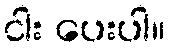
ငါး ပေးပါ။